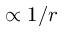
\propto 1 / r